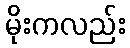
မိုးကလည်း